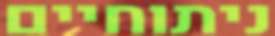
ניתוחיים